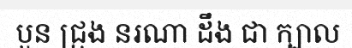
បួន ជ្រុង នរណា ដឹង ជា ក្បាល